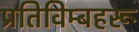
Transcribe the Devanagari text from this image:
प्रतिविम्‍बहरू